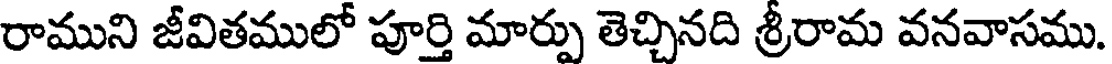
రాముని జీవితములో పూర్తి మార్పు తెచ్చినది శ్రీరామ వనవాసము.